Scientific memoirs by medical officers of the Army of India - Part II,
Year: 1886
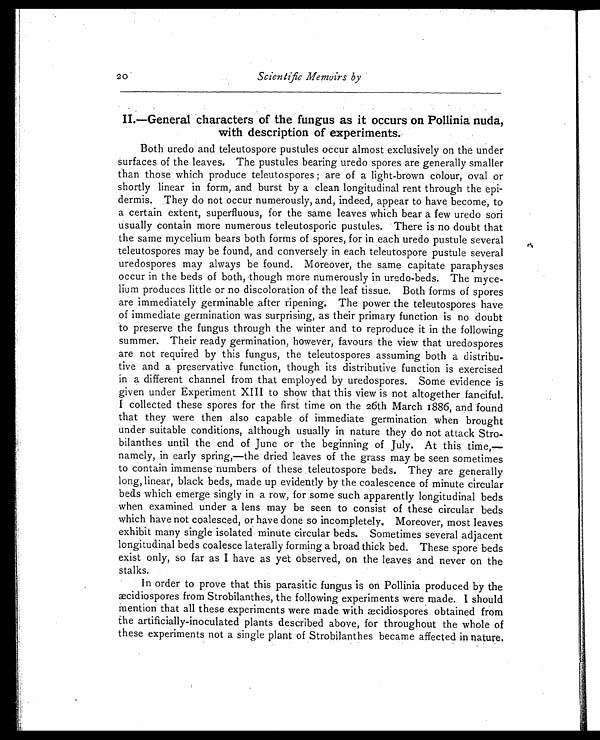
2 0
Scientific Memoirs by
II.—General characters of the fungus as it occurs on Pollinia nuda,
with description of experiments.
Both uredo and teleutospore pustules occur almost exclusively on the under
surfaces of the leaves. The pustules bearing uredo spores are generally smaller
than those which produce teleutospores ; are of a light-brown colour, oval or
shortly linear in form, and burst by a clean longitudinal rent through the epi-
dermis. They do not occur numerously, and, indeed, appear to have become, to
a certain extent, superfluous, for the same leaves which bear a few uredo sori
usually contain more numerous teleutosporic pustules. There is no doubt that
the same mycelium bears both forms of spores, for in each uredo pustule several
teleutospores may be found, and conversely in each teleutospore pustule several
uredospores may always be found. Moreover, the same capitate paraphyses
occur in the beds of both, though more numerously in uredo-beds. The myce-
lium produces little or no discoloration of the leaf tissue. Both forms of spores
are immediately germinable after ripening. The power the teleutospores have
of immediate germination was surprising, as their primary function is no doubt
to preserve the fungus through the winter and to reproduce it in the following
summer. Their ready germination, however, favours the view that uredospores
are not required by this fungus, the teleutospores assuming both a distribu-
tive and a preservative function, though its distributive function is exercised
in a different channel from that employed by uredospores. Some evidence is
given under Experiment XIII to show that this view is not altogether fanciful.
I collected these spores for the first time on the 26th March 1886, and found
that they were then also capable of immediate germination when brought
under suitable conditions, although usually in nature they do not attack Stro-
bilanthes until the end of June or the beginning of July. At this time,—
namely, in early spring,—the dried leaves of the grass may be seen sometimes
to contain immense numbers of these teleutospore beds. They are generally
long, linear, black beds, made up evidently by the coalescence of minute circular
beds which emerge singly in a row, for some such apparently longitudinal beds
when examined under a lens may be seen to consist of these circular beds
which have not coalesced, or have done so incompletely. Moreover, most leaves
exhibit many single isolated minute circular beds. Sometimes several adjacent
longitudinal beds coalesce laterally forming a broad thick bed. These spore beds
exist only, so far as I have as yet observed, on the leaves and never on the
stalks.
In order to prove that this parasitic fungus is on Pollinia produced by the
æcidiospores from Strobilanthes, the following experiments were made. I should
mention that all these experiments were made with æcidiospores obtained from
the artificially-inoculated plants described above, for throughout the whole of
these experiments not a single plant of Strobilanthes became affected in nature,